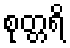
စုတ္တရိ